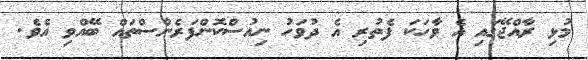
މުޅި ރާއްޖޭގައި އެ ވާހަކަ ފެތުރި އެ ދުވަހު ނިއުސްކޮންފަރެންސްތައް ބޭއްވި އެވެ.